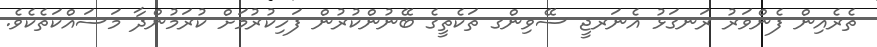
ތެރެއިން ފެންވަރު ރަނގަޅު އެނަރޖީ ސޭވިންގ ތަކެތީގެ ބޭނުންކުރުން ފަހިކުރުމަށް ކުރަމުންދާ މަސައްކަތެކެވެ.